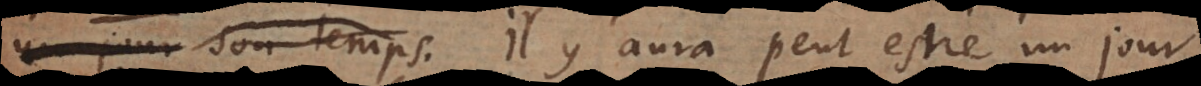
favorable. Il y aura peut estre un jour